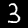
Digit: 3